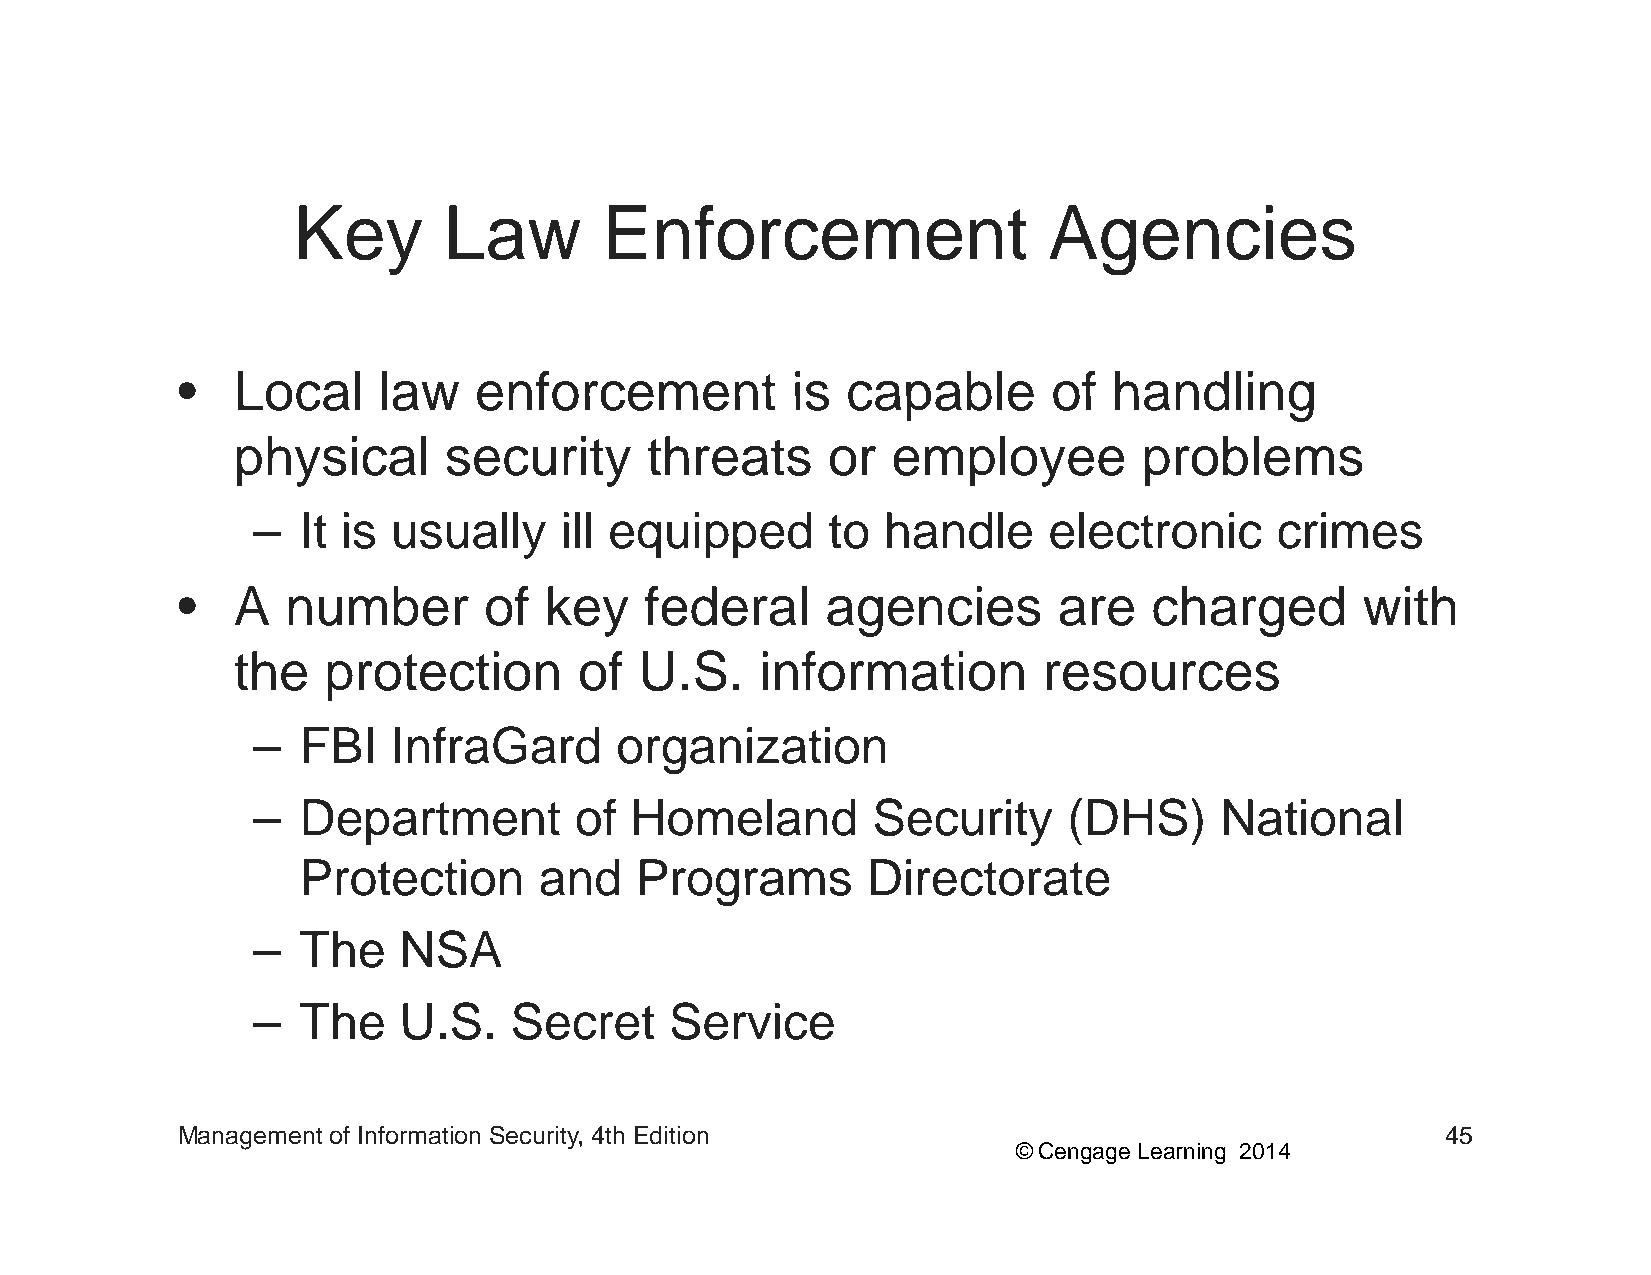
KKeeyy    LLaaww     EEnnffoorrcceemmeenntt       AAggeenncciieess
 •• LLooccaall llaaww eennffoorrcceemmeenntt iiss ccaappaabbllee ooff hhaannddlliinngg
 physical      security      threats     or  employee         problems
 –  It is usuallyy   ill eqquipppped   to handle     electronic     crimes
 •  A   number       of  key    federal     agencies       are   charged       with
 the   protection       of  U.S.    information        resources
 –  FBI   InfraGard      organization
 –  Department        of  Homeland        Security     (DHS)     National
 PPrrootteeccttiioonn aanndd PPrrooggrraammss DDiirreeccttoorraattee
 –  The   NSA
 –  TThhee UU..SS.. SSeeccrreett SSeerrvviiccee
 Management of Information Security, 4th Edition                                     45
 © Cengage Learning 2014